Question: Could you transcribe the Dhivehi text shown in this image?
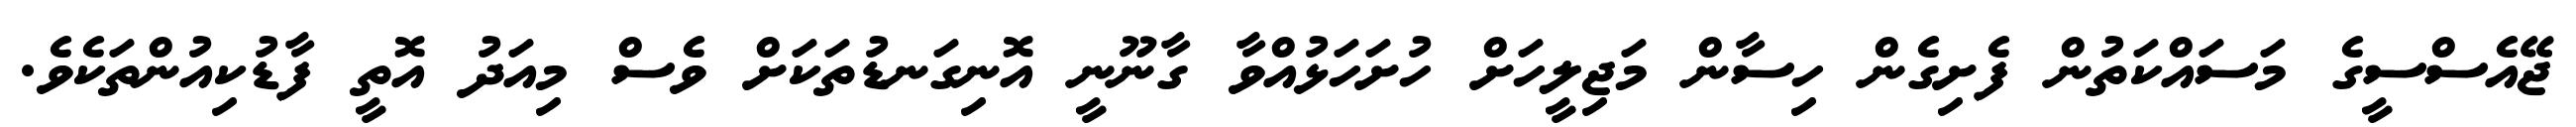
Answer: ޖޭއެސްސީގެ މަސައްކަތުން ފެށިގެން ހިސާން މަޖިލީހަށް ހުށަހަޅުއްވާ ގާނޫނީ އޮނިގަނޑުތަކަށް ވެސް މިއަދު އޮތީ ފާޑުކިއުންތަކެވެ.